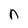
Character: n